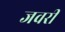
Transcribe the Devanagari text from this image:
जवरी